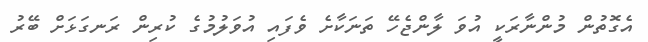
އެގޮތުން މުންނާރަކީ އުވަ ލާންޖެހޭ ތަނަކާށެ ވެފައި އުވަލުމުގެ ކުރިން ރަނގަޅަށް ބޭރު